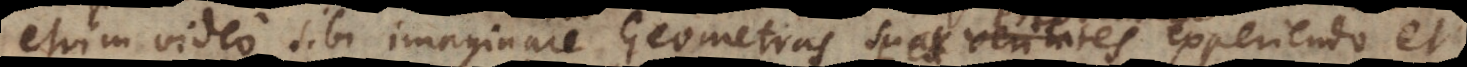
enim video sibi imaginari Geometras suas veritates experiendo et